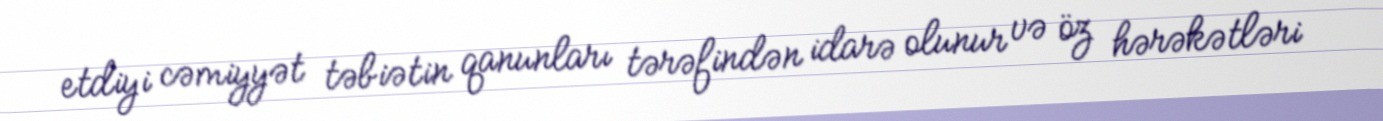
etdiyi cəmiyyət təbiətin qanunları tərəfindən idarə olunur və öz hərəkətləri